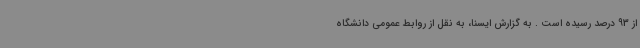
از 93 درصد رسیده است . به گزارش ایسنا، به نقل از روابط عمومی دانشگاه